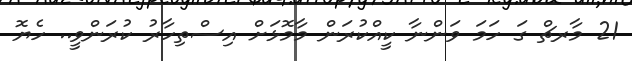
21 މާރޗް ގަ ހަމަ ވަންނާ ކީއްކުރަން މާމޮޅަށް އިސްތިހާރު ކުރަންވީ.. ހެޔޮ